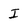
Character: I